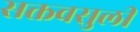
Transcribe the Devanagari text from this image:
सक्तवसुली